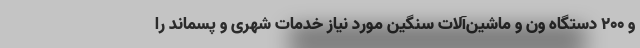
و ۲۰۰ دستگاه ون و ماشین‌آلات سنگین مورد نیاز خدمات شهری و پسماند را